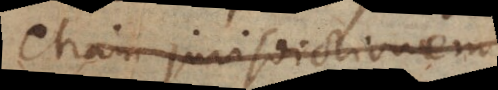
etiam jurisdictionem